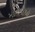
માનવીઓ